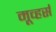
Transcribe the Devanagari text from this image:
मूव्हर्स